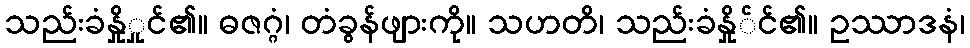
သည်းခံနှိုှုင်၏။ ဓဇဂ္ဂံ၊ တံခွန်ဖျားကို။ သဟတိ၊ သည်းခံနှို်င်၏။ ဥဿာဒနံ၊